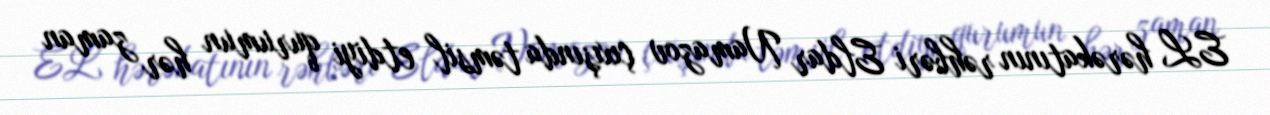
EL hərəkatının rəhbəri Eldar Namazov çıxışında təmsil etdiyi qurumun hər zaman